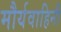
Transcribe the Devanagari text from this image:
मौर्यवाहिनी